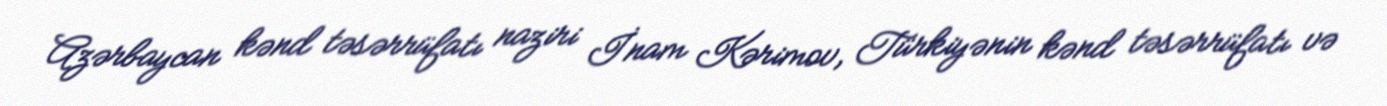
Azərbaycan kənd təsərrüfatı naziri İnam Kərimov, Türkiyənin kənd təsərrüfatı və